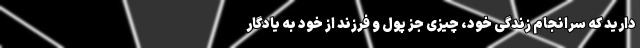
دارید که سرانجام زندگی خود، چیزی جز پول و فرزند از خود به یادگار